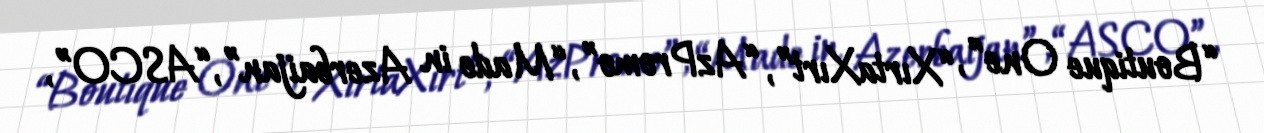
“Boutique One”, “XırtaXırt”, “AzPromo”, “Made in Azerbaijan”, “ASCO”,